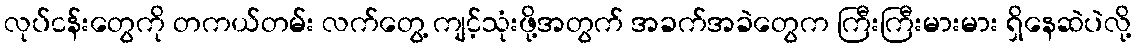
လုပ်ငန်းတွေကို တကယ်တမ်း လက်တွေ့ ကျင့်သုံးဖို့အတွက် အခက်အခဲတွေက ကြီးကြီးမားမား ရှိနေဆဲပဲလို့